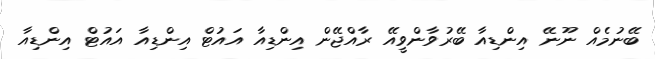
ބޭނުމެއް ނޫނޭ އިންޑިއާ ބޭރުވާންވީއޭ ރާއްޖޭން އިންޑިއާ އައުޓް އިންޑިއާ އައުޓް އިންޑިއާ